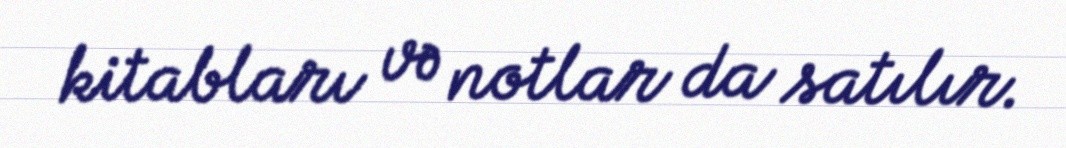
kitabları və notlar da satılır.